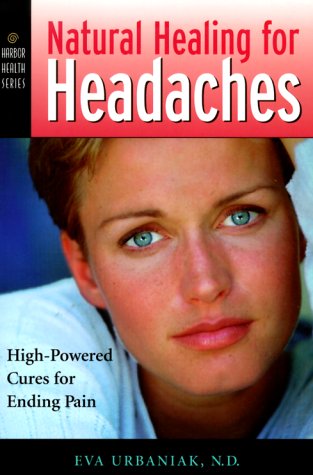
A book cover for Natural Healing for Headaches: High-Powered Cures for Ending Pain (Harbor Health); Eva Urbaniak; Health, Fitness & Dieting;